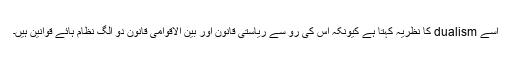
اسے dualism کا نظریہ کہتا ہے کیونکہ اس کی رو سے ریاستی قانون اور بین الاقوامی قانون دو الگ نظام ہائے قوانین ہیں۔